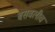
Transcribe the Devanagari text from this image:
बसवलीच